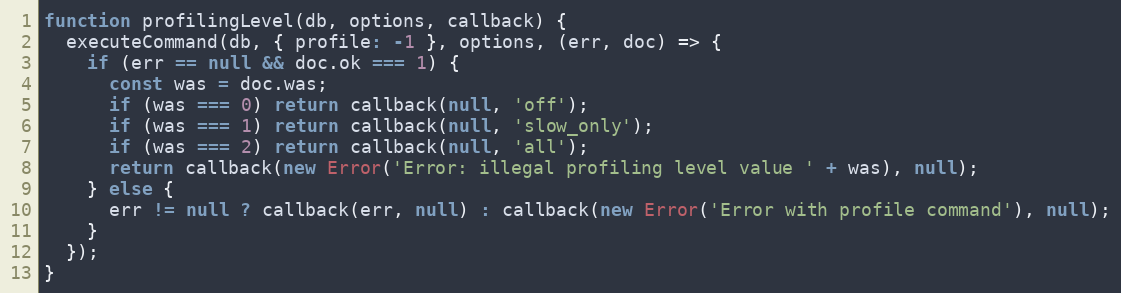
Language: JavaScript
function profilingLevel(db, options, callback) {
  executeCommand(db, { profile: -1 }, options, (err, doc) => {
    if (err == null && doc.ok === 1) {
      const was = doc.was;
      if (was === 0) return callback(null, 'off');
      if (was === 1) return callback(null, 'slow_only');
      if (was === 2) return callback(null, 'all');
      return callback(new Error('Error: illegal profiling level value ' + was), null);
    } else {
      err != null ? callback(err, null) : callback(new Error('Error with profile command'), null);
    }
  });
}